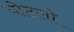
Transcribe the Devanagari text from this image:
घोटली